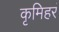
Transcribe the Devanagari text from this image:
कृमिहरं